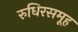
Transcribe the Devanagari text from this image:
रुधिरसमूह